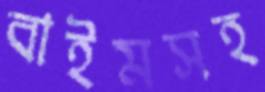
বাইমসহ